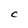
Character: C